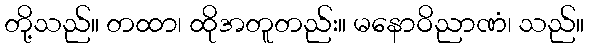
တို့သည်။ တထာ၊ ထိုအတူတည်း။ မနောဝိညာဏံ၊ သည်။